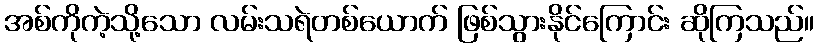
အစ်ကိုကဲ့သို့သော လမ်းသရဲတစ်ယောက် ဖြစ်သွားနိုင်ကြောင်း ဆိုကြသည်။